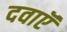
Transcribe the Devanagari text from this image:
दवाऍं